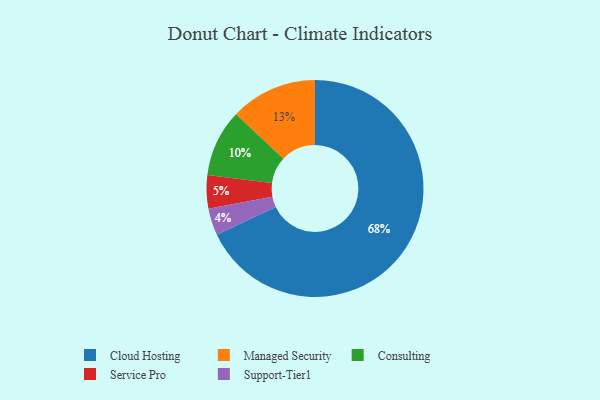
{"axis": {"x": "Category", "y": "Percentage"}, "legend": ["Cloud Hosting", "Consulting", "Managed Security", "Service Pro", "Support-Tier1"], "data": [{"x": "Managed Security", "y": 13, "type": "Managed Security"}, {"x": "Cloud Hosting", "y": 68, "type": "Cloud Hosting"}, {"x": "Service Pro", "y": 5, "type": "Service Pro"}, {"x": "Consulting", "y": 10, "type": "Consulting"}, {"x": "Support-Tier1", "y": 4, "type": "Support-Tier1"}]}